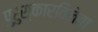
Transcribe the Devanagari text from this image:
पुरुस्कारविजेता